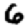
Digit: 6